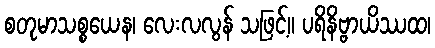
စတုမာသစ္စယေန၊ လေးလလွန် သဖြင့်။ ပရိနိဗ္ဗာယိဿထ၊